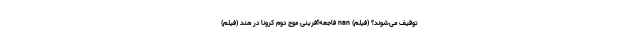
توقیف می‌شوند؟ (فیلم) nan فاجعه‌آفرینی موج دوم کرونا در هند (فیلم)